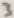
Text: 3